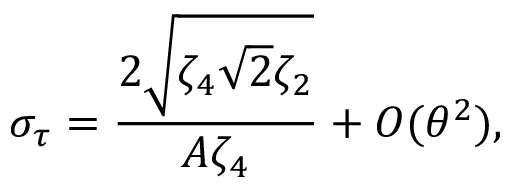
\sigma _ { \tau } = \frac { 2 \sqrt { \zeta _ { 4 } \sqrt { 2 } \zeta _ { 2 } } } { A \zeta _ { 4 } } + O ( \theta ^ { 2 } ) ,